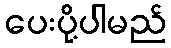
ပေးပို့ပါမည်